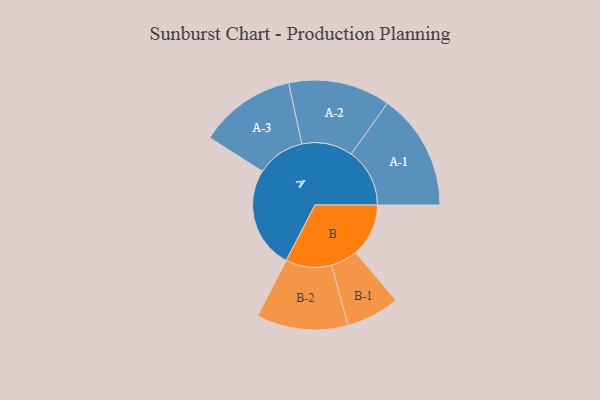
{"axis": {"x": "Segment", "y": "Value"}, "legend": ["", "A", "B"], "data": [{"x": "A", "y": 476, "type": ""}, {"x": "B", "y": 248, "type": ""}, {"x": "A-1", "y": 273, "type": "A"}, {"x": "A-2", "y": 238, "type": "A"}, {"x": "A-3", "y": 226, "type": "A"}, {"x": "B-1", "y": 125, "type": "B"}, {"x": "B-2", "y": 214, "type": "B"}]}